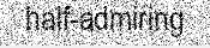
half-admiring